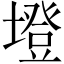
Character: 墱